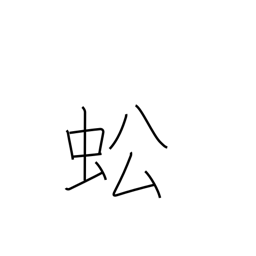
Meaning: grasshopper